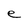
Character: e